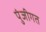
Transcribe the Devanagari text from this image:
पुंजीगत